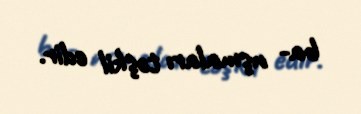
ba- nşmaları təşkil edir.